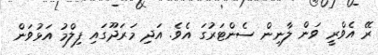
ރޭ އެވްރީ ވަން ލާނިން ސެންޓަރުގަ އެވެ. އަދި މަރަދޫގައި ފިލްމު އަޅުވަން